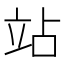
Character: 站